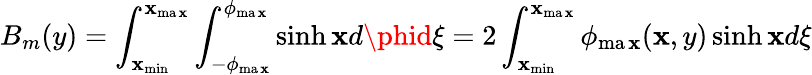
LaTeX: B_{m}(y)=\int_{\mathbf{x}_{\operatorname*{min}}}^{\mathbf{x}_{\operatorname*{ma\mathbf{x}}}}\int_{-\phi_{\operatorname*{ma\mathbf{x}}}}^{\phi_{\operatorname*{ma\mathbf{x}}}}\sinh\mathbf{x}d\phid\xi=2\int_{\mathbf{x}_{\operatorname*{min}}}^{\mathbf{x}_{\operatorname*{ma\mathbf{x}}}}\phi_{\operatorname*{ma\mathbf{x}}}(\mathbf{x},y)\sinh\mathbf{x}d\xi